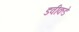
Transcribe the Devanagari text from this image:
डवीकडे